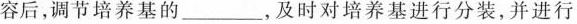
容后，调节培养基的___，及时对培养基进行分装，并进行